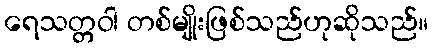
ရေသတ္တဝါ တစ်မျိုးဖြစ်သည်ဟုဆိုသည်။